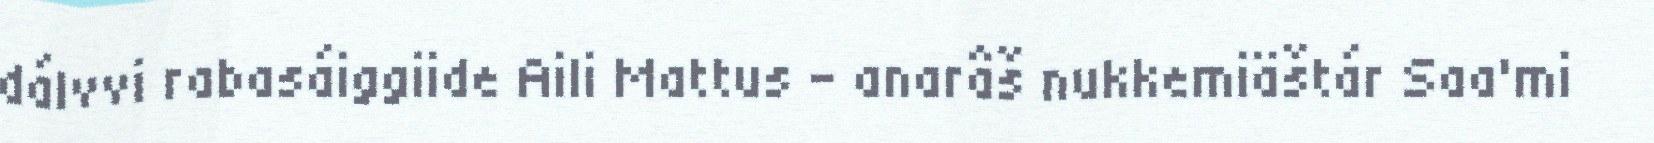
dálvvi rabasáiggiide Aili Mattus – anarâš nukkemiäštár Saa'mi